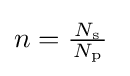
n={\tfrac {\,N_{\text{s}}\,}{N_{\text{p}}}}\;